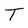
Character: T